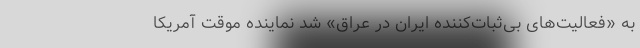
به «فعالیت‌های بی‌ثبات‌کننده ایران در عراق» شد نماینده موقت آمریکا